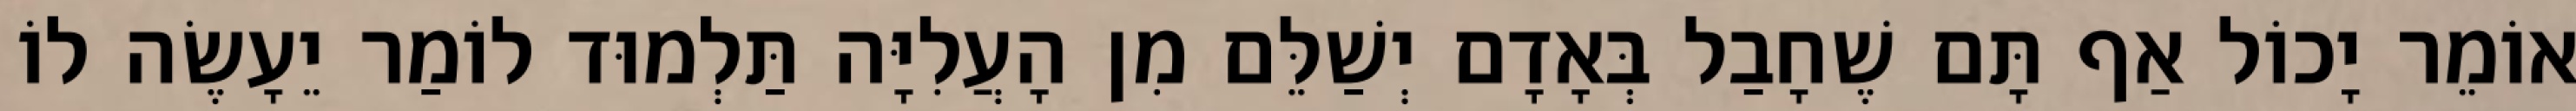
אוֹמֵר יָכוֹל אַף תָּם שֶׁחָבַל בְּאָדָם יְשַׁלֵּם מִן הָעֲלִיָּה תַּלְמוּד לוֹמַר יֵעָשֶׂה לוֹ